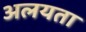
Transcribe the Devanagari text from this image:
अलयता